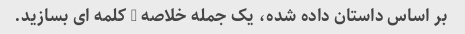
بر اساس داستان داده شده، یک جمله خلاصه 5 کلمه ای بسازید.